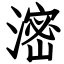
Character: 滵